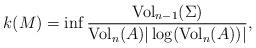
LaTeX: \begin{align*}k(M)=\inf \frac{{\rm Vol}_{n-1}(\Sigma)}{{\rm Vol}_n(A)|\log ({\rm Vol}_n(A))|},\end{align*}